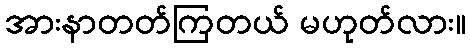
အားနာတတ်ကြတယ် မဟုတ်လား။